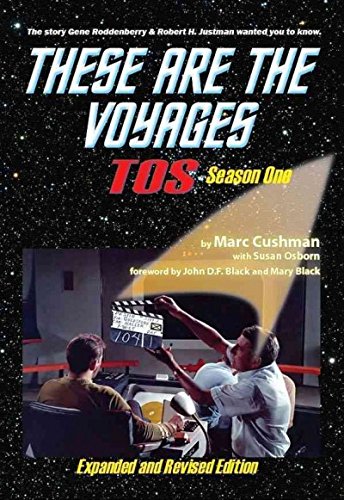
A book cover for These Are the Voyages: TOS: Season One; Marc Cushman; Humor & Entertainment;